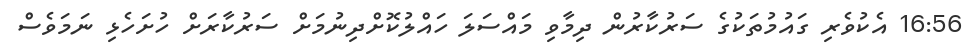
16:56 އެކުވެރި ގައުމުތަކުގެ ސަރުކާރުން ދިމާވި މައްސަލަ ހައްލުކޮށްދިނުމަށް ސަރުކާރަށް ހުށަހެޅި ނަމަވެސް